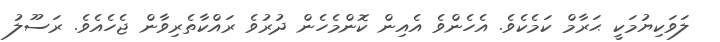
ލަވަކިޔުމަކީ ޙަރާމް ކަމެކެވެ. އެހެންވެ އެއިން ކޮންމެހެން ދުރުވެ ރައްކާތެރިވާން ޖެހެއެވެ. ރަސޫލު